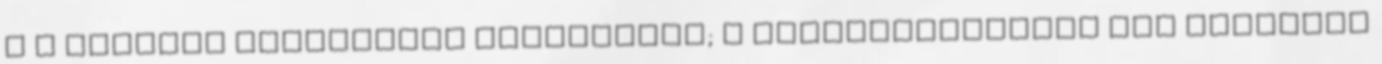
a a hatóság őrizetéből megszökött; b fogolyszökésnek nem minősülő